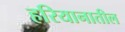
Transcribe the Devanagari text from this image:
हरियानातील